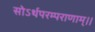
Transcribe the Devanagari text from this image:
सोऽर्थपरम्पराणाम्।।